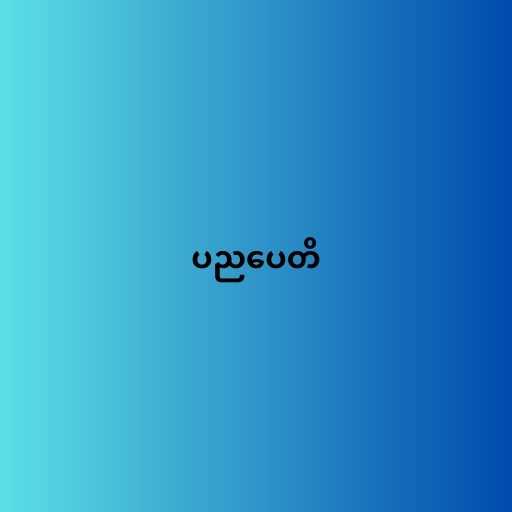
ပညပေတိ